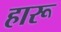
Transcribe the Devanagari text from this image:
हारू